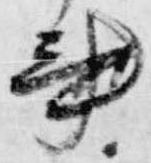
書